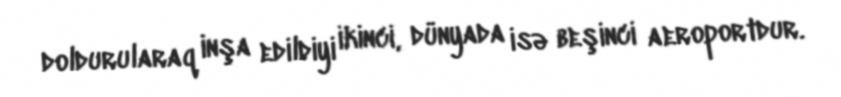
doldurularaq inşa edildiyi ikinci, dünyada isə beşinci aeroportdur.